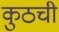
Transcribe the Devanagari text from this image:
कुठची